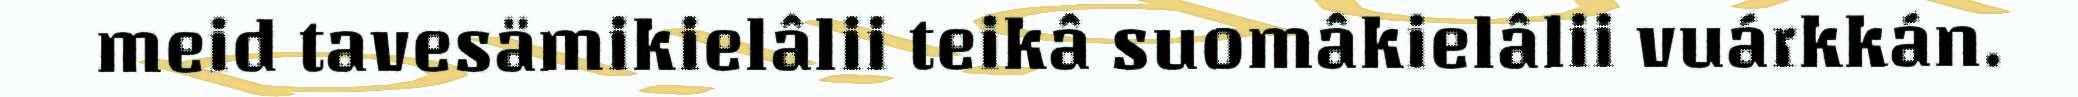
meid tavesämikielâlii teikâ suomâkielâlii vuárkkán.